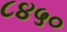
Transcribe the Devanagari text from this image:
८४५०